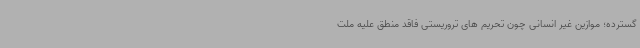
گسترده؛ موازین غیر انسانی چون تحریم های تروریستی فاقد منطق علیه ملت